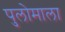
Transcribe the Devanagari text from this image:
पुलोमाला